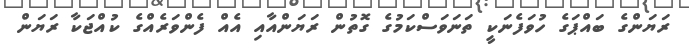
ރަޔަންގެ ބައްޕަގެ ހުވަފެނަކީ ތަނަވަސްކަމުގެ ގޮތުން ރަޔަންއާއި އެއް ފެންވަރެއްގެ ކުއްޖަކާ ރަޔަން